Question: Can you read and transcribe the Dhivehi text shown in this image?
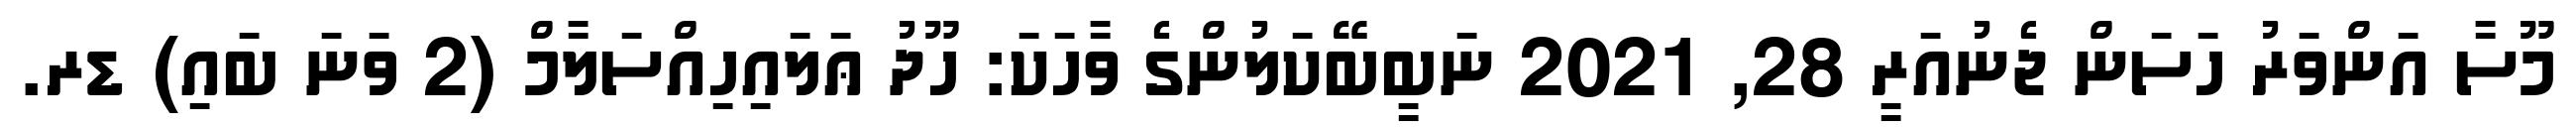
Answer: މޫސާ އަންވަރު ހަސަން ޖެނުއަރީ 28, 2021 ނަބީބޭކަލުންގެ ވާހަކަ: ހޫދު ޢަލައިހިއްސަލާމް (2 ވަނަ ބައި) ޑރ.